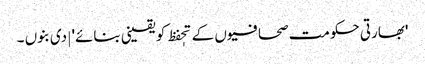
'بھارتی حکومت صحافیوں کے تحٖفظ کو یقینی بنائے' | دی بنوں ۔